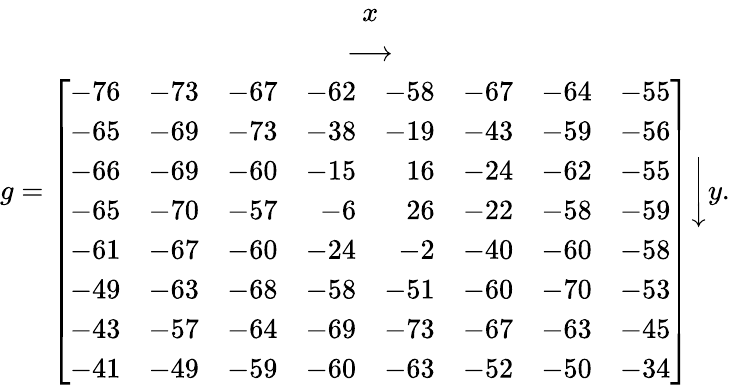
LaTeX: g={\begin{array}{c}{x}\\ {\longrightarrow}\\ {\left[{\begin{array}{rrrrrrrr}{-76}&{-73}&{-67}&{-62}&{-58}&{-67}&{-64}&{-55}\\ {-65}&{-69}&{-73}&{-38}&{-19}&{-43}&{-59}&{-56}\\ {-66}&{-69}&{-60}&{-15}&{16}&{-24}&{-62}&{-55}\\ {-65}&{-70}&{-57}&{-6}&{26}&{-22}&{-58}&{-59}\\ {-61}&{-67}&{-60}&{-24}&{-2}&{-40}&{-60}&{-58}\\ {-49}&{-63}&{-68}&{-58}&{-51}&{-60}&{-70}&{-53}\\ {-43}&{-57}&{-64}&{-69}&{-73}&{-67}&{-63}&{-45}\\ {-41}&{-49}&{-59}&{-60}&{-63}&{-52}&{-50}&{-34}\end{array}}\right]}\end{array}}{\Bigg\downarrow}y.